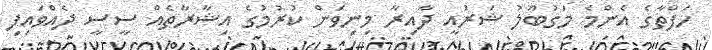
ހަފްތާގެ އެންމެ މަގުބޫލު ޝަރުއީ ދާއިރާ މިނިވަން ކުރުމުގެ އިޝާރާތެއް ސީސީ ދެއްވައިފި